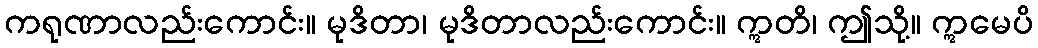
ကရုဏာလည်းကောင်း။ မုဒိတာ၊ မုဒိတာလည်းကောင်း။ ဣတိ၊ ဤသို့။ ဣမေပိ